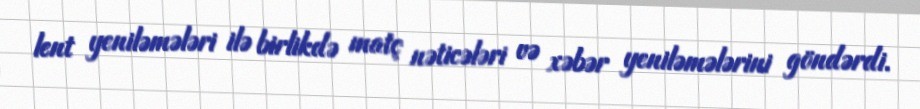
lent yeniləmələri ilə birlikdə matç nəticələri və xəbər yeniləmələrini göndərdi.